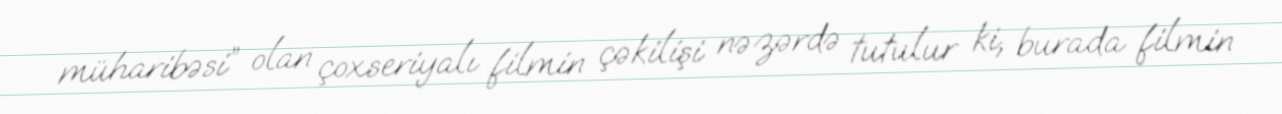
müharibəsi” olan çoxseriyalı filmin çəkilişi nəzərdə tutulur ki, burada filmin